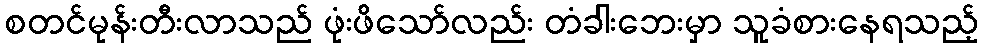
စတင်မုန်းတီးလာသည် ဖုံးဖိသော်လည်း တံခါးဘေးမှာ သူခံစားနေရသည့်